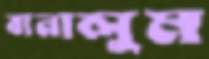
বানালুম